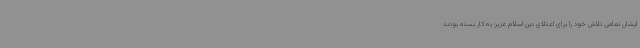
ایشان تمامی تلاش خود را برای اعتلای دین اسلام عزیز به کار بسته بودند